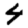
Digit: 4